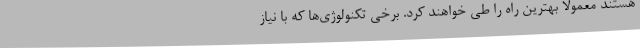
هستند معمولا بهترین راه را طی خواهند کرد. برخی تکنولوژی‌ها که با نیاز